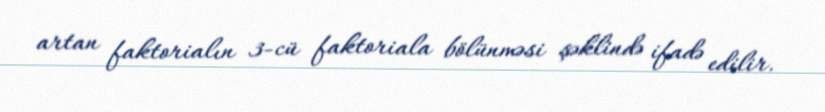
artan faktorialın 3-cü faktoriala bölünməsi şəklində ifadə edilir.